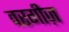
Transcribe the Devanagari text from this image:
वरगीज़